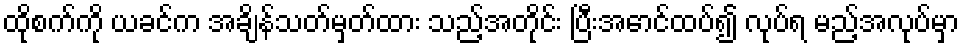
ထိုစက်ကို ယခင်က အချိန်သတ်မှတ်ထား သည့်အတိုင်း ပြီးအောင်ထပ်၍ လုပ်ရ မည့်အလုပ်မှာ